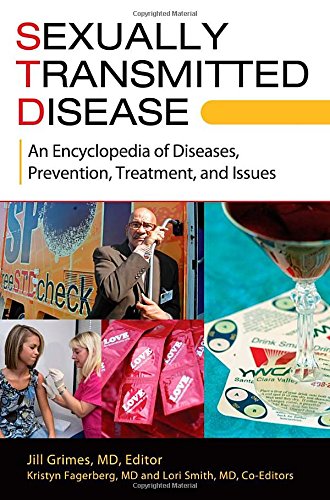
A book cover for Sexually Transmitted Disease [2 volumes]: An Encyclopedia of Diseases, Prevention, Treatment, and Issues; Health, Fitness & Dieting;